Annual administration report of the Civil Veterinary Department of India - 1909-1910
Year: 1909
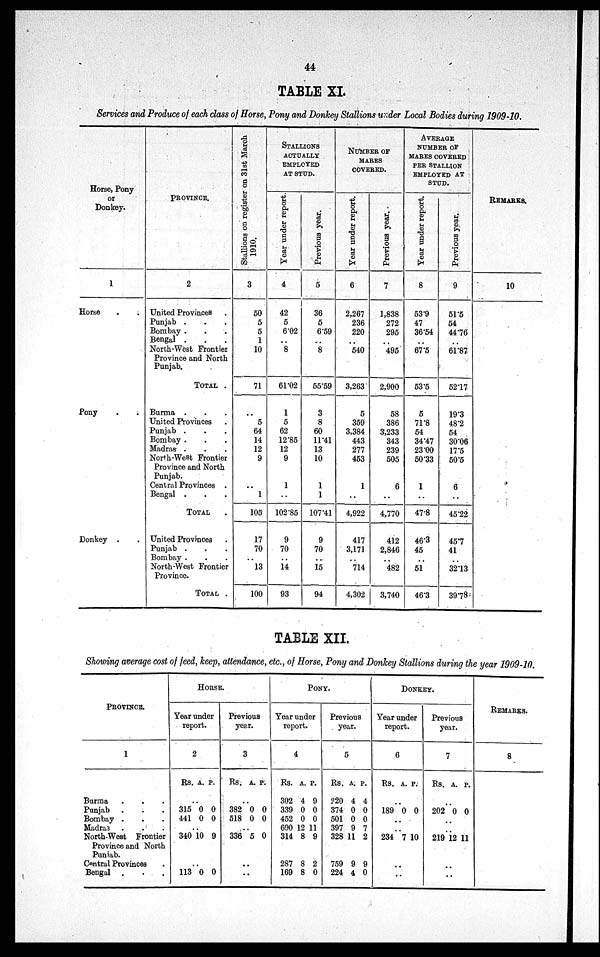
44
TABLE XI.
Services and Produce of each class of Horse, Pony and Donkey Stallions under Local Bodies during 1909-10.
Horse, Pony
or
Donkey.
1
Horse . .
Pony . .
Donkey . .
PROVINCE.
2
United Provinces .
Punjab . . .
Bombay . . .
Bengal . . .
North-West Frontier
Province and North
Punjab.
TOTAL .
Burma . . .
United Provinces .
Punjab . . .
Bombay . . .
Madras . . .
North-West Frontier
Province and North
Punjab.
Central Provinces .
Bengal . . .
TOTAL .
United Provinces .
Punjab . . .
Bombay . . .
North-West Frontier
Province.
TOTAL .
Stallions on register on 31st March
1910.
3
50
5
5
1
10
71
..
5
64
14
12
9
..
1
105
17
70
..
13
100
STALLION
ACTUALLY
EMPLOYED
AT STUD.
Year under report.
4
42
5
6.02
..
8
61.02
1
5
62
12.85
12
9
1
..
102.85
9
70
..
14
93
Previous year.
5
36
5
6.59
..
8
55.59
3
8
60
11.41
13
10
1
1
107.41
9
70
..
15
94
NUMBER OF
MARES
COVERED.
Year under report.
6
2,267
236
220
..
540
3,263
5
359
3,384
443
277
453
1
..
4,922
417
3,171
..
714
4,302
Previous year.
7
1,838
272
295
..
495
2,900
58
386
3,233
343
239
505
6
..
4,770
412
2,846
..
482
3,740
AVERAGE
NUMBER OF
MARES COVERED
PER STALLION
EMPLOYED AT
STUD.
Year under report.
8
53.9
47
36.54
..
67.5
53.5
5
71.8
54
34.47
23.00
50.33
1
..
47.8
46.3
45
..
51
46.3
Previous year.
9
51.5
54
44.76
..
61.87
52.17
19.3
48.2
54
30.06
17.5
50.5
6
..
45.22
45.7
41
..
32.13
39.78
REMARKS.
10
TABLE XII.
Showing average cost of feed, keep, attendance, etc., of Horse, Pony and Donkey Stallions during the year 1909-10.
PROVINCE.
1
Burma . . .
Punjab . . .
Bombay . . .
Madras . . .
North-West Frontier
Province and North
Punjab.
Central Provinces .
Bengal . . .
HORSE.
Year under
report.
2
Rs.
..
315
441
..
340
..
113
A.
0
0
10
0
P.
0
0
9
0
Previous
year.
3
Rs.
..
382
518
..
336
..
..
A.
0
0
5
P.
0
0
0
PONY.
Year under
report.
4
Rs.
302
339
452
690
314
287
169
A.
4
0
0
12
8
8
8
P.
9
0
0
11
9
2
0
Previous
year.
5
Rs.
220
374
501
397
328
759
224
A.
4
0
0
9
11
9
4
P.
4
0
0
7
2
9
0
DONKEY.
Year under
report.
6
Rs.
..
189
..
..
234
..
..
A.
0
7
P.
0
10
Previous
year.
7
Rs.
..
202
..
..
219
..
..
A.
0
12
P.
0
11
REMARKS.
8